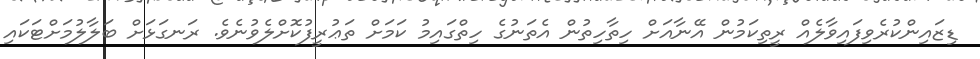
ޑިޒައިންކުރެވިފައިވާލެއް ރީތިކަމުން އޭނާއަށް ހިތާހިތުން އެތަނުގެ ހިތްގައިމު ކަމަށް ތަޢުރީފުކޮށްލެވުނެވެ. ރަނގަޅަށް ބަލާލުމަށްޓަކައި